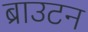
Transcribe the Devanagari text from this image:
ब्राउटन